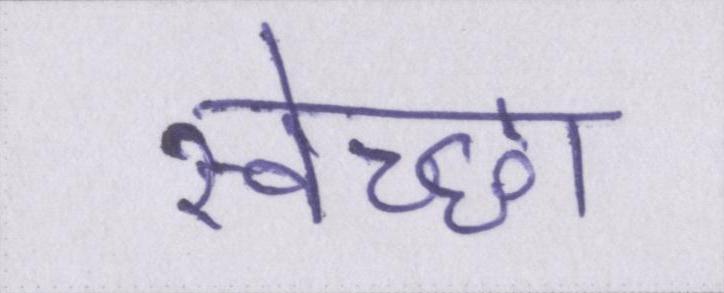
स्वेच्छा